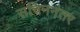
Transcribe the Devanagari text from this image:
सचिननंतर